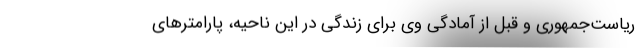
ریاست‌جمهوری و قبل از آمادگی وی برای زندگی در این ناحیه، پارامترهای